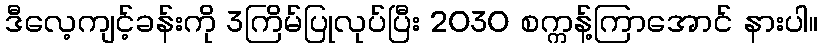
ဒီလေ့ကျင့်ခန်းကို 3ကြိမ်ပြုလုပ်ပြီး 2030 စက္ကန့်ကြာအောင် နားပါ။